Annual vaccination report of Bihar and Orissa - 1911-1928
Year: 1911
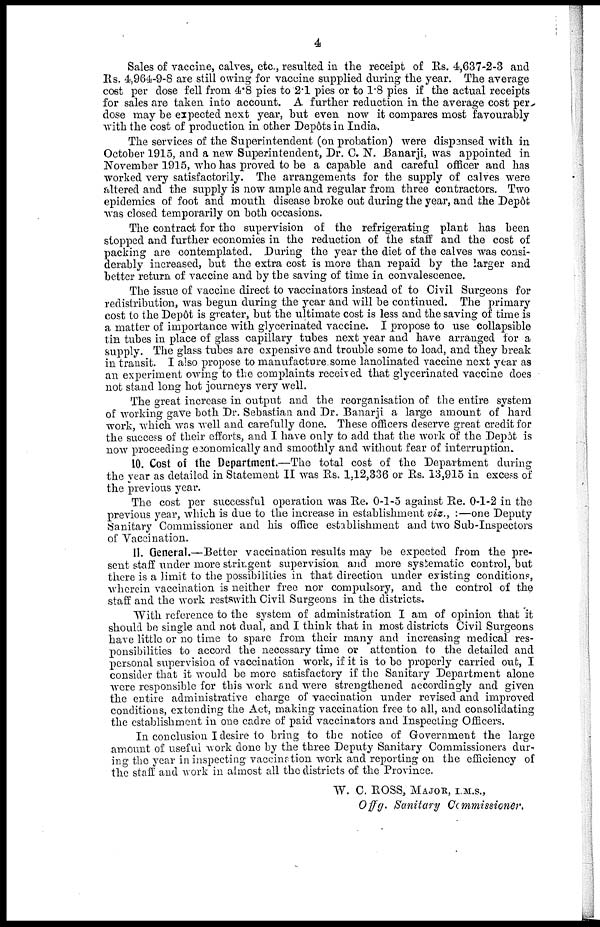
4
Sales of vaccine, calves, etc., resulted in the receipt of Rs. 4,637-2-3 and
Rs. 4,964-9-8 are still owing for vaccine supplied during the year. The average
cost per dose fell from 4.8 pies to 2.1 pies or to 1.8 pies if the actual receipts
for sales are taken into account. A further reduction in the average cost per
dose may be expected next year, but even now it compares most favourably
with the cost of production in other Depôts in India.
The services of the Superintendent (on probation) were dispensed with in
October 1915, and a new Superintendent, Dr. C. N. Banarji, was appointed in
November 1915, who has proved to be a capable and careful officer and has
worked very satisfactorily. The arrangements for the supply of calves were
altered and the supply is now ample and regular from three contractors. Two
epidemics of foot and mouth disease broke out during the year, and the Depôt
was closed temporarily on both occasions.
The contract for the supervision of the refrigerating plant has been
stopped and further economies in the reduction of the staff and the cost of
packing are contemplated. During the year the diet of the calves was consi-
derably increased, but the extra cost is more than repaid by the larger and
better return of vaccine and by the saving of time in convalescence.
The issue of vaccine direct to vaccinators instead of to Civil Surgeons for
redistribution, was begun during the year and will be continued. The primary
cost to the Depôt is greater, but the ultimate cost is less and the saving of time is
a matter of importance with glycerinated vaccine. I propose to use collapsible
tin tubes in place of glass capillary tubes next year and have arranged for a
supply. The glass tubes are expensive and trouble some to load, and they break
in transit. I also propose to manufacture some lanolinated vaccine next year as
an experiment owing to the complaints received that glycerinated vaccine does
not stand long hot journeys very well.
The great increase in output and the reorganisation of the entire system
of working gave both Dr. Sebastian and Dr. Banarji a large amount of hard
work, which was well and carefully done. These officers deserve great credit for
the success of their efforts, and I have only to add that the work of the Depôt is
now proceeding economically and smoothly and without fear of interruption.
10. Cost of the Department.—The total cost of the Department during
the year as detailed in Statement II was Rs. 1,12,336 or Rs. 13,915 in excess of
the previous year.
The cost per successful operation was Re. 0-1-5 against Re. 0-1-2 in the
previous year, which is due to the increase in establishment viz., :—one Deputy
Sanitary Commissioner and his office establishment and two Sub-Inspectors
of Vaccination.
11. General.—Better vaccination results may be expected from the pre-
sent staff under more stringent supervision and more systematic control, but
there is a limit to the possibilities in that direction under existing conditions,
wherein vaccination is neither free nor compulsory, and the control of the
staff and the work restswith Civil Surgeons in the districts.
With reference to the system of administration I am of opinion that it
should be single and not dual, and I think that in most districts Civil Surgeons
have little or no time to spare from their many and increasing medical res-
ponsibilities to accord the necessary time or attention to the detailed and
personal supervision of vaccination work, if it is to be properly carried out, I
consider that it would be more satisfactory if the Sanitary Department alone
were responsible for this work and were strengthened accordingly and given
the entire administrative charge of vaccination under revised and improved
conditions, extending the Act, making vaccination free to all, and consolidating
the establishment in one cadre of paid vaccinators and Inspecting Officers.
In conclusion I desire to bring to the notice of Government the large
amount of useful work done by the three Deputy Sanitary Commissioners dur¬
ing the year in inspecting vaccination work and reporting on the efficiency of
the staff and work in almost all the districts of the Province.
W. C. ROSS, MAJOR, I.M.S.,
Offg. Sanitary Commissioner.